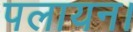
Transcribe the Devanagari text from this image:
पलायन।